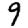
Digit: 9